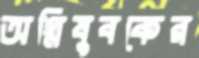
অগ্নিযুবকের